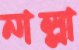
নাল্লা